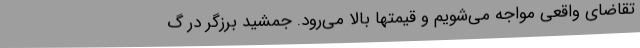
تقاضای واقعی مواجه می‌شویم و قیمتها بالا می‌رود. جمشید برزگر در گ